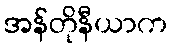
အန်တိုနီယာက